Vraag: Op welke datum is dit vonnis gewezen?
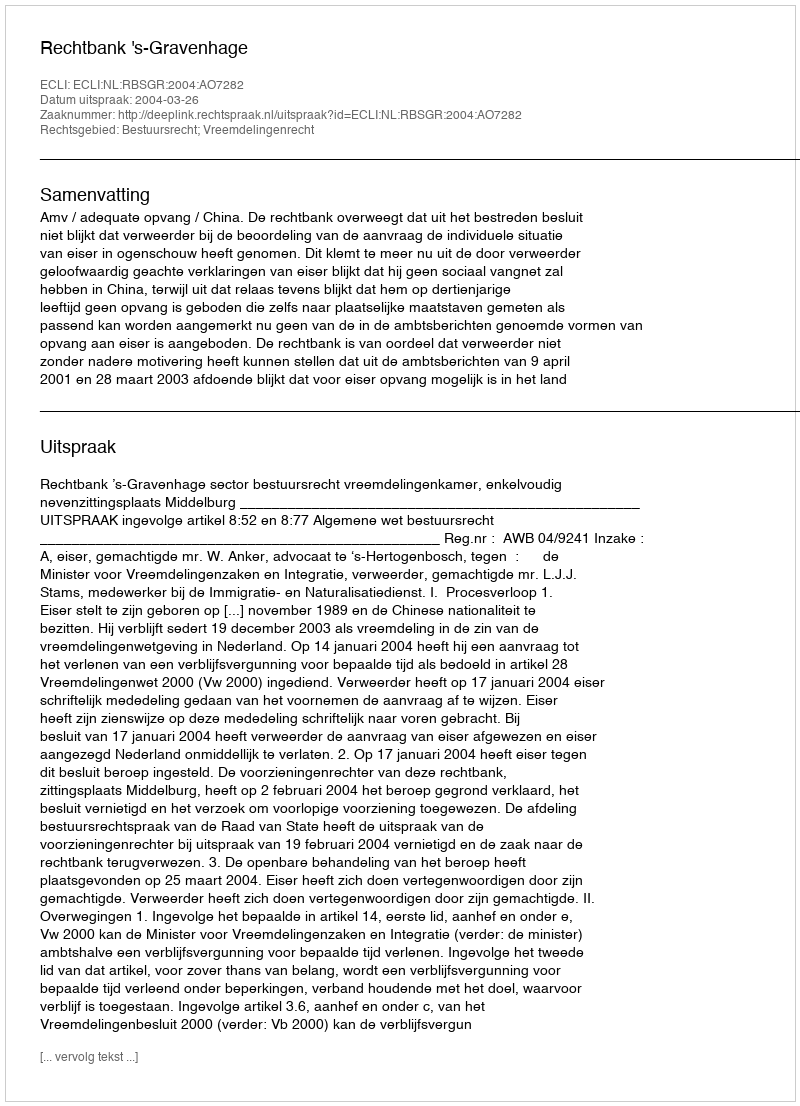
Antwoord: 2004-03-26